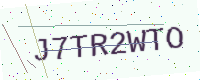
Text: J7TR2WTO